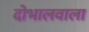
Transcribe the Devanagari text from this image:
दोभालवाला